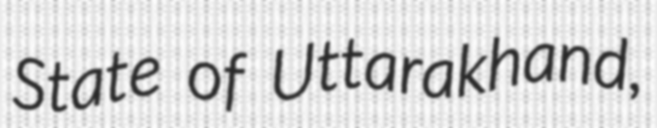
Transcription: State of Uttarakhand,